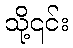
သို့၎င်း